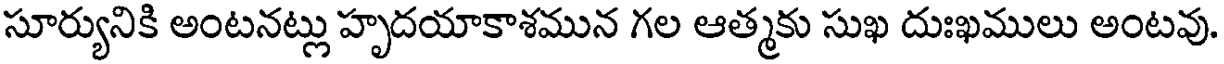
సూర్యునికి అంటనట్లు హృదయాకాశమున గల ఆత్మకు సుఖ దుఃఖములు అంటవు